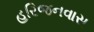
હરિજનવાસ